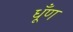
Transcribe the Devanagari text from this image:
धूँण